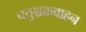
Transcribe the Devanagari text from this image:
चतुश्चक्रवाहन